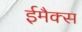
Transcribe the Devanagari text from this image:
ईमैक्स